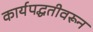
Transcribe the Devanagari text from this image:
कार्यपद्धतीवरून